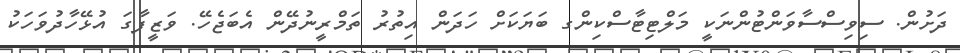
ދަށުން. ސިވިސްސާވަންޓުންނަކީ މަލްޓިޓާސްކިންގ ބަޔަކަށް ހަދަން އިތުރު ތަމްރީނުދޭން އެބަޖެހޭ. ވަޒީފާގަ އުޅޭހާދުވަހަކު